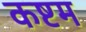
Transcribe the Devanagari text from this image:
कष्टम